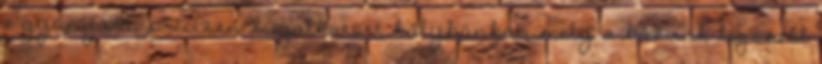
e gyönyörű, precízen megalkotott kályhánkat, mely a házunk legszebb